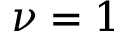
\nu = 1